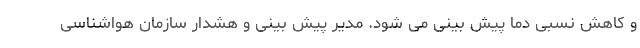
و کاهش نسبی دما پیش بینی می شود. مدیر پیش بینی و هشدار سازمان هواشناسی